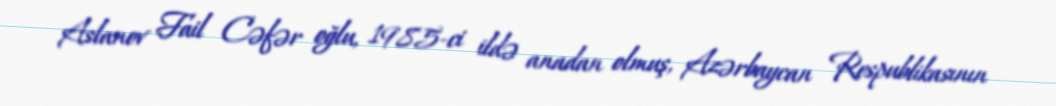
Aslanov Fail Cəfər oğlu, 1985-ci ildə anadan olmuş, Azərbaycan Respublikasının